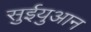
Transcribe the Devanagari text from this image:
सुईयुआन